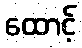
ထောင့်